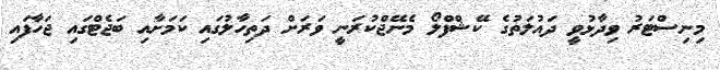
މިނިސްޓަރު ވިދާޅުވީ ދައުލަތުގެ ކޭޝްފްލޯ މެނޭޖްކުރަނީ ވަރަށް ދަތިހާލުގައި ކަމަށާއި ބަޖެޓްގައި ޖަހާފައި